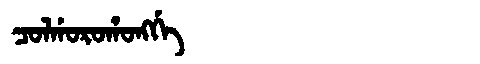
Manchu: ᠴᠣᠯᡤᠣᡵᠣᡥᠣᠩᡤᡝ
Romanization: COLGOROHONGGE